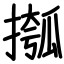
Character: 摦